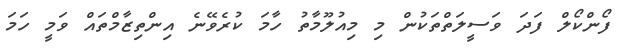
ފޯންކޯލް ފަދަ ވަސީލަތްތަކުން މި މިއުލޫމާތު ހާމަ ކުރެވޭނެ އިންތިޒާމްތައް ވަމީ ހަމަ